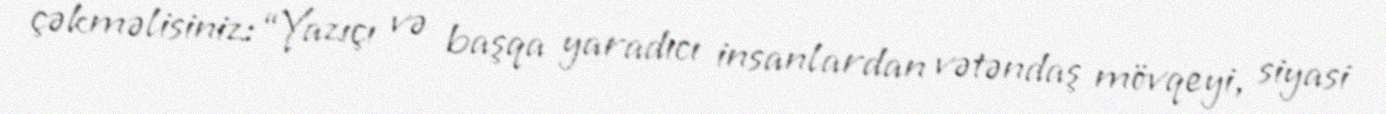
çəkməlisiniz: “Yazıçı və başqa yaradıcı insanlardan vətəndaş mövqeyi, siyasi